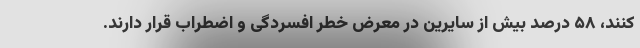
کنند، ۵۸ درصد بیش از سایرین در معرض خطر افسردگی و اضطراب قرار دارند.